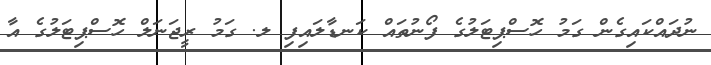
ނުދައްކައިގެން ގަމު ހޮސްޕިޓަލުގެ ފޯނުތައް ކަނޑާލައިފި ލ. ގަމު ރީޖަނަލް ހޮސްޕިޓަލުގެ އާ